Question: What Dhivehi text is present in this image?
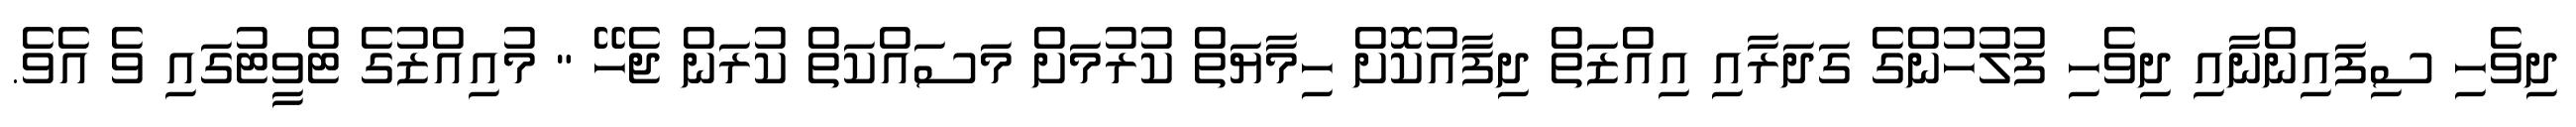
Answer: ދިވެހި ސިފައިންނާއި ދިވެހި ފުލުހުންގެ ގަދަރާއި އިއްޒަތް ދިފާއުކޮށް ހިމާޔަތް ކުރުމަށް މަސައްކަތް ކުރަން ޖެހޭ " މުއިއްޒުގެ ޓްވީޓުގައި ވެ އެވެ.